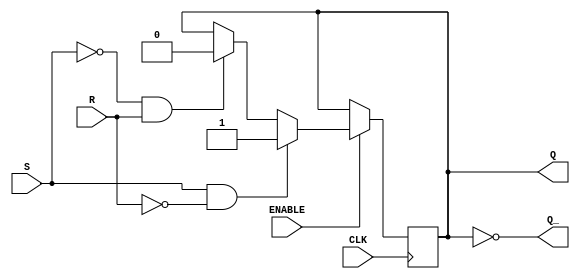
module Gated_SR_FF (
    input S, R, CLK,       // Inputs
    input ENABLE,          // Enable signal
    output reg Q, Q_       // Outputs
);

always @(posedge CLK) begin
    if (ENABLE) begin
        if (S && !R)
            Q <= 1;
        else if (!S && R)
            Q <= 0;
    end
end

assign Q_ = ~Q;

endmodule